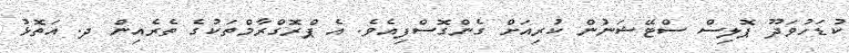
ކުޑަހުވަދޫ ޕޮލިސް ސްޓޭޝަނުން ކުރިއަށް ގެންގޮސްފިއެވެ. އެ ޕްރޮގްރާމްތަކުގެ ތެރެއިން ދ. އަތޮޅު